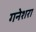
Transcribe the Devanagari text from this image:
गनेशरा